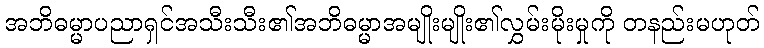
အဘိဓမ္မာပညာရှင်အသီးသီး၏အဘိဓမ္မာအမျိုးမျိုး၏လွှမ်းမိုးမှုကို တနည်းမဟုတ်